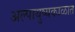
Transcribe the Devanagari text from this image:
अल्पायुष्यकाळात